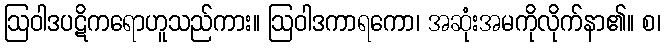
ဩဝါဒပဋိကရောဟူသည်ကား။ ဩဝါဒကာရကော၊ အဆုံးအမကိုလိုက်နာ၏။ စ၊